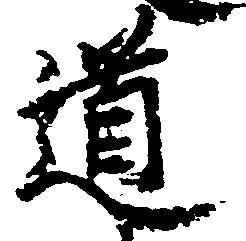
道